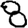
Digit: 8